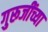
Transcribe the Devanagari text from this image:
गुरूजींच्या